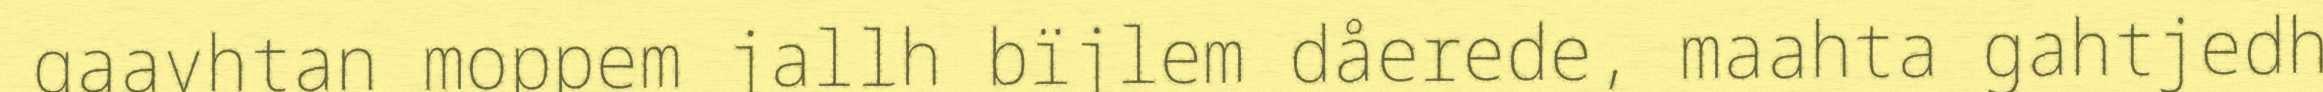
gaavhtan moppem jallh bïjlem dåerede, maahta gahtjedh